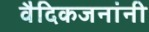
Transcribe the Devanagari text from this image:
वैदिकजनांनी